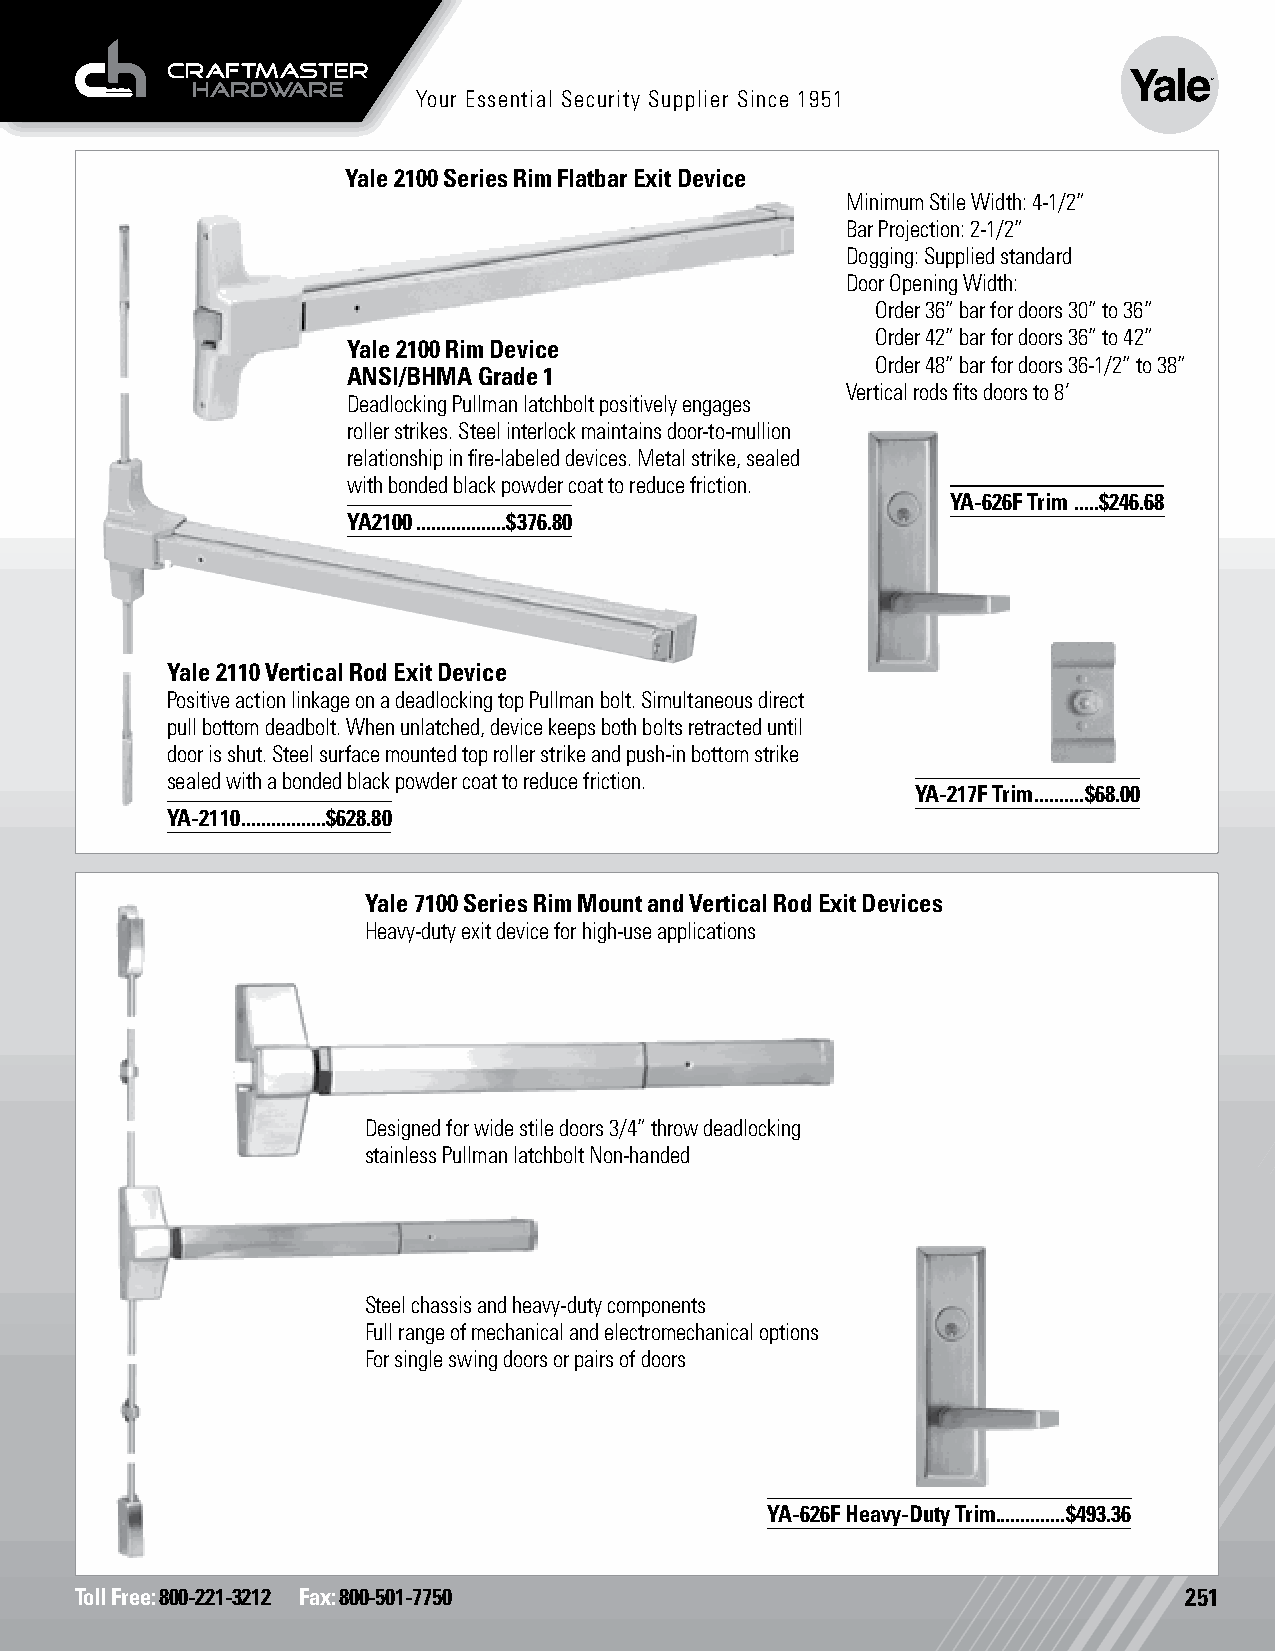
Your Essential Security Supplier Since 1951
 Yale 2100 Series Rim Flatbar Exit Device
 Minimum Stile Width: 4-1/2”
 Bar Projection: 2-1/2”
 Dogging: Supplied standard
 Door Opening Width:
 Order 36” bar for doors 30” to 36”
 Order 42” bar for doors 36” to 42”
 Yale 2100 Rim Device
 Order 48” bar for doors 36-1/2” to 38”
 ANSI/BHMA Grade 1
 Vertical rods fits doors to 8’
 Deadlocking Pullman latchbolt positively engages
 roller strikes. Steel interlock maintains door-to-mullion
 relationship in fire-labeled devices. Metal strike, sealed
 with bonded black powder coat to reduce friction.
 YA-626F Trim .....$246.68
 YA2100 ..................$376.80
 Yale 2110 Vertical Rod Exit Device
 Positive action linkage on a deadlocking top Pullman bolt. Simultaneous direct
 pull bottom deadbolt. When unlatched, device keeps both bolts retracted until
 door is shut. Steel surface mounted top roller strike and push-in bottom strike
 sealed with a bonded black powder coat to reduce friction.
 YA-217F Trim ..........$68.00
 YA-2110 .................$628.80
 Yale 7100 Series Rim Mount and Vertical Rod Exit Devices
 Heavy-duty exit device for high-use applications
 Designed for wide stile doors 3/4” throw deadlocking
 stainless Pullman latchbolt Non-handed
 Steel chassis and heavy-duty components
 Full range of mechanical and electromechanical options
 For single swing doors or pairs of doors
 YA-626F Heavy-Duty Trim ..............$493.36
 Toll Free: 800-221-3212 Fax: 800-501-7750                                251